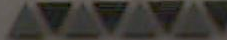
AAAA